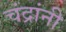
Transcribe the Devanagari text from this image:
चंद्रांनी